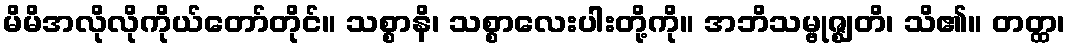
မိမိအလိုလိုကိုယ်တော်တိုင်။ သစ္စာနိ၊ သစ္စာလေးပါးတို့ကို။ အဘိသမ္ဗုဇ္ဈတိ၊ သိ၏။ တတ္ထ၊